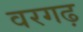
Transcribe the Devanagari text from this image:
वरगढ़